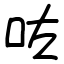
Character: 咗